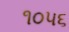
૧૦૫૬